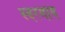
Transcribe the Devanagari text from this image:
स्वरमाय